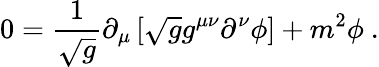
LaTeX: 0={\frac{1}{\sqrt{g}}}\partial_{\mu}\left[\sqrt{g}g^{\mu\nu}\partial^{\nu}\phi\right]+m^{2}\phi\ .